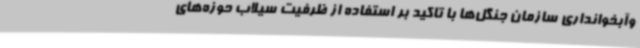
وآبخوانداری سازمان جنگل‌ها با تاکید بر استفاده از ظرفیت سیلاب حوزه‌های